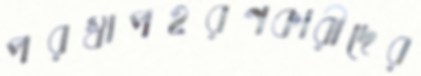
পরস্বাপহরণকারীদের